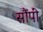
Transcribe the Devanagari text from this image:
सौंपीं